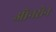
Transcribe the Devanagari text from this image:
ऑनसेन